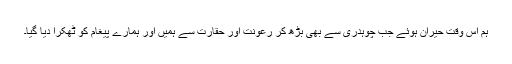
ہم اس وقت حیران ہوئے جب چوہدری سے بھی بڑھ کر رعونت اور حقارت سے ہمیں اور ہمارے پیغام کو ٹُھکرا دیا گیا۔